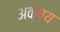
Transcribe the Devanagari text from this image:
अक्ष्य